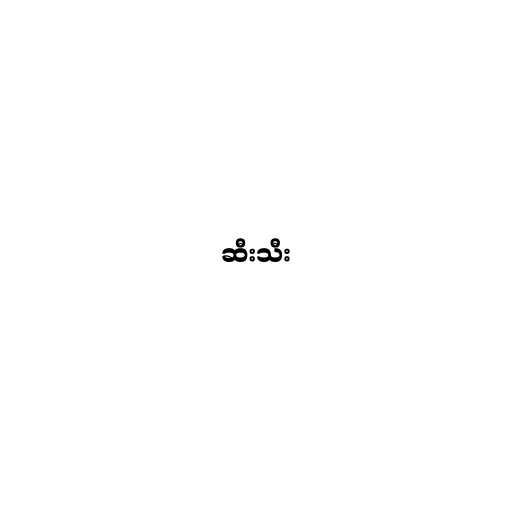
ဆီးသီး